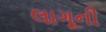
લાગૂની